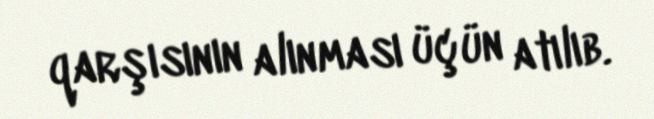
qarşısının alınması üçün atılıb.